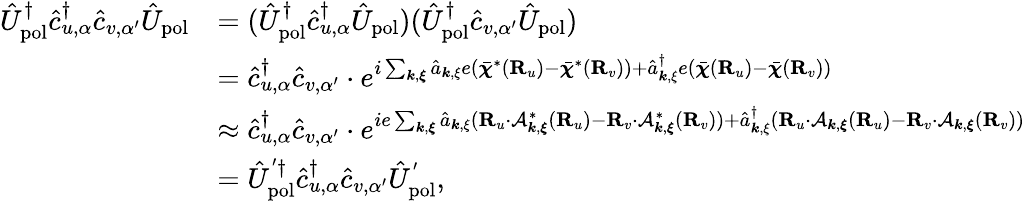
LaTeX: \begin{array}{rl}{\hat{U}_{\mathrm{pol}}^{\dagger}\hat{c}_{u,\alpha}^{\dagger}\hat{c}_{v,\alpha^{\prime}}\hat{U}_{\mathrm{pol}}}&{=(\hat{U}_{\mathrm{pol}}^{\dagger}\hat{c}_{u,\alpha}^{\dagger}\hat{U}_{\mathrm{pol}})(\hat{U}_{\mathrm{pol}}^{\dagger}\hat{c}_{v,\alpha^{\prime}}\hat{U}_{\mathrm{pol}})}\\ &{=\hat{c}_{u,\alpha}^{\dagger}\hat{c}_{v,\alpha^{\prime}}\cdot e^{i\sum_{{\boldsymbol k},{\boldsymbol\xi}}\hat{a}_{{\boldsymbol k},{\mathbf\xi}}e(\bar{\boldsymbol\chi}^{*}({\mathbf R}_{u})-\bar{\boldsymbol\chi}^{*}({\mathbf R}_{v}))+\hat{a}_{{\boldsymbol k},{\mathbf\xi}}^{\dagger}e(\bar{\boldsymbol\chi}({\mathbf R}_{u})-\bar{\boldsymbol\chi}({\mathbf R}_{v}))}}\\ &{\approx\hat{c}_{u,\alpha}^{\dagger}\hat{c}_{v,\alpha^{\prime}}\cdot e^{ie\sum_{{\boldsymbol k},{\boldsymbol\xi}}\hat{a}_{{\boldsymbol k},{\mathbf\xi}}({\mathbf R}_{u}\cdot\mathcal{A}_{{\boldsymbol k},{\boldsymbol\xi}}^{*}({\mathbf R}_{u})-{\mathbf R}_{v}\cdot\mathcal{A}_{{\boldsymbol k},{\boldsymbol\xi}}^{*}({\mathbf R}_{v}))+\hat{a}_{{\boldsymbol k},{\mathbf\xi}}^{\dagger}({\mathbf R}_{u}\cdot\mathcal{A}_{{\boldsymbol k},{\boldsymbol\xi}}({\mathbf R}_{u})-{\mathbf R}_{v}\cdot\mathcal{A}_{{\boldsymbol k},{\boldsymbol\xi}}({\mathbf R}_{v}))}}\\ &{=\hat{U}_{\mathrm{pol}}^{'\dagger}\hat{c}_{u,\alpha}^{\dagger}\hat{c}_{v,\alpha^{\prime}}\hat{U}_{\mathrm{pol}}^{'},}\end{array}